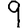
Digit: 9